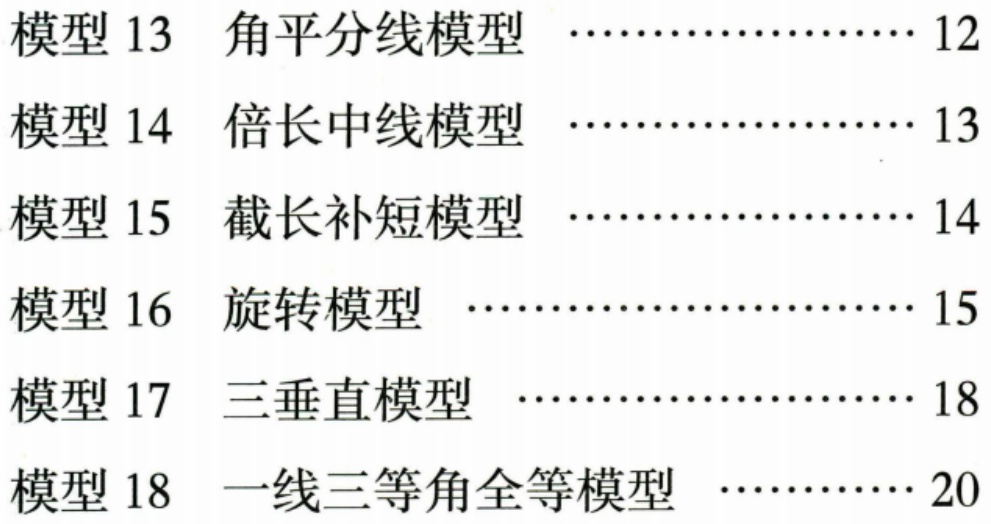
模型 13  角平分线模型  ………………… 12
模型 14  倍长中线模型  ………………… 13
模型 15  截长补短模型  ………………… 14
模型 16  旋转模型  ……………………… 15
模型 17  三垂直模型  …………………… 18
模型 18  一线三等角全等模型  …………… 20